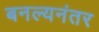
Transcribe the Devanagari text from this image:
बनल्यनंतर